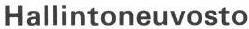
Hallintoneuvosto